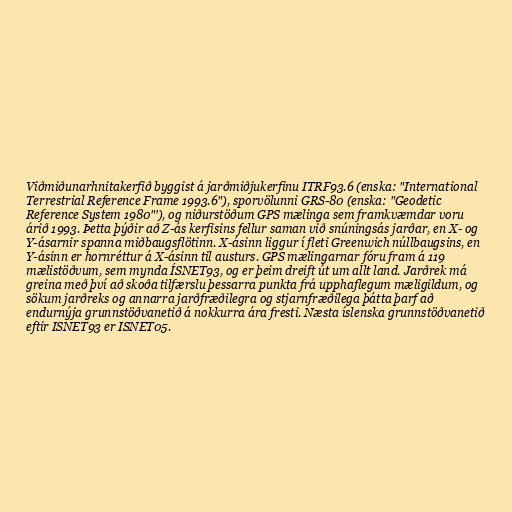
Viðmiðunarhnitakerfið byggist á jarðmiðjukerfinu ITRF93.6 (enska: "International
Terrestrial Reference Frame 1993.6"), sporvölunni GRS-80 (enska: "Geodetic
Reference System 1980"'), og niðurstöðum GPS mælinga sem framkvæmdar voru
árið 1993. Þetta þýðir að Z-ás kerfisins fellur saman við snúningsás jarðar, en X- og
Y-ásarnir spanna miðbaugsflötinn. X-ásinn liggur í fleti Greenwich núllbaugsins, en
Y-ásinn er hornréttur á X-ásinn til austurs. GPS mælingarnar fóru fram á 119
mælistöðvum, sem mynda ÍSNET93, og er þeim dreift út um allt land. Jarðrek má
greina með því að skoða tilfærslu þessarra punkta frá upphaflegum mæligildum, og
sökum jarðreks og annarra jarðfræðilegra og stjarnfræðilega þátta þarf að
endurnýja grunnstöðvanetið á nokkurra ára fresti. Næsta íslenska grunnstöðvanetið
eftir ISNET93 er ISNET05.